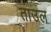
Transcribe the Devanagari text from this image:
ताउल